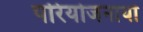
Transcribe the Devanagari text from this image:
परियोजनायों